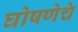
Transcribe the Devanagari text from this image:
घोषणेचे